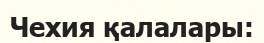
Чехия қалалары: